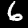
Digit: 6